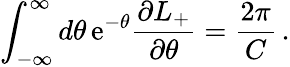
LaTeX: \int_{-\infty}^{\infty}d\theta\, \mathrm{e}^{-\theta}\frac{\partial L_{+}}{\partial\theta}=\frac{2\pi}{C}\, .